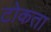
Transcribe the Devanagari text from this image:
टोकता